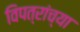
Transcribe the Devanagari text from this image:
विपत्रांच्या